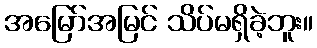
အမြော်အမြင် သိပ်မရှိခဲ့ဘူး။